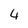
Character: 4